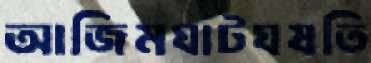
আজিমঘাটঘষতি